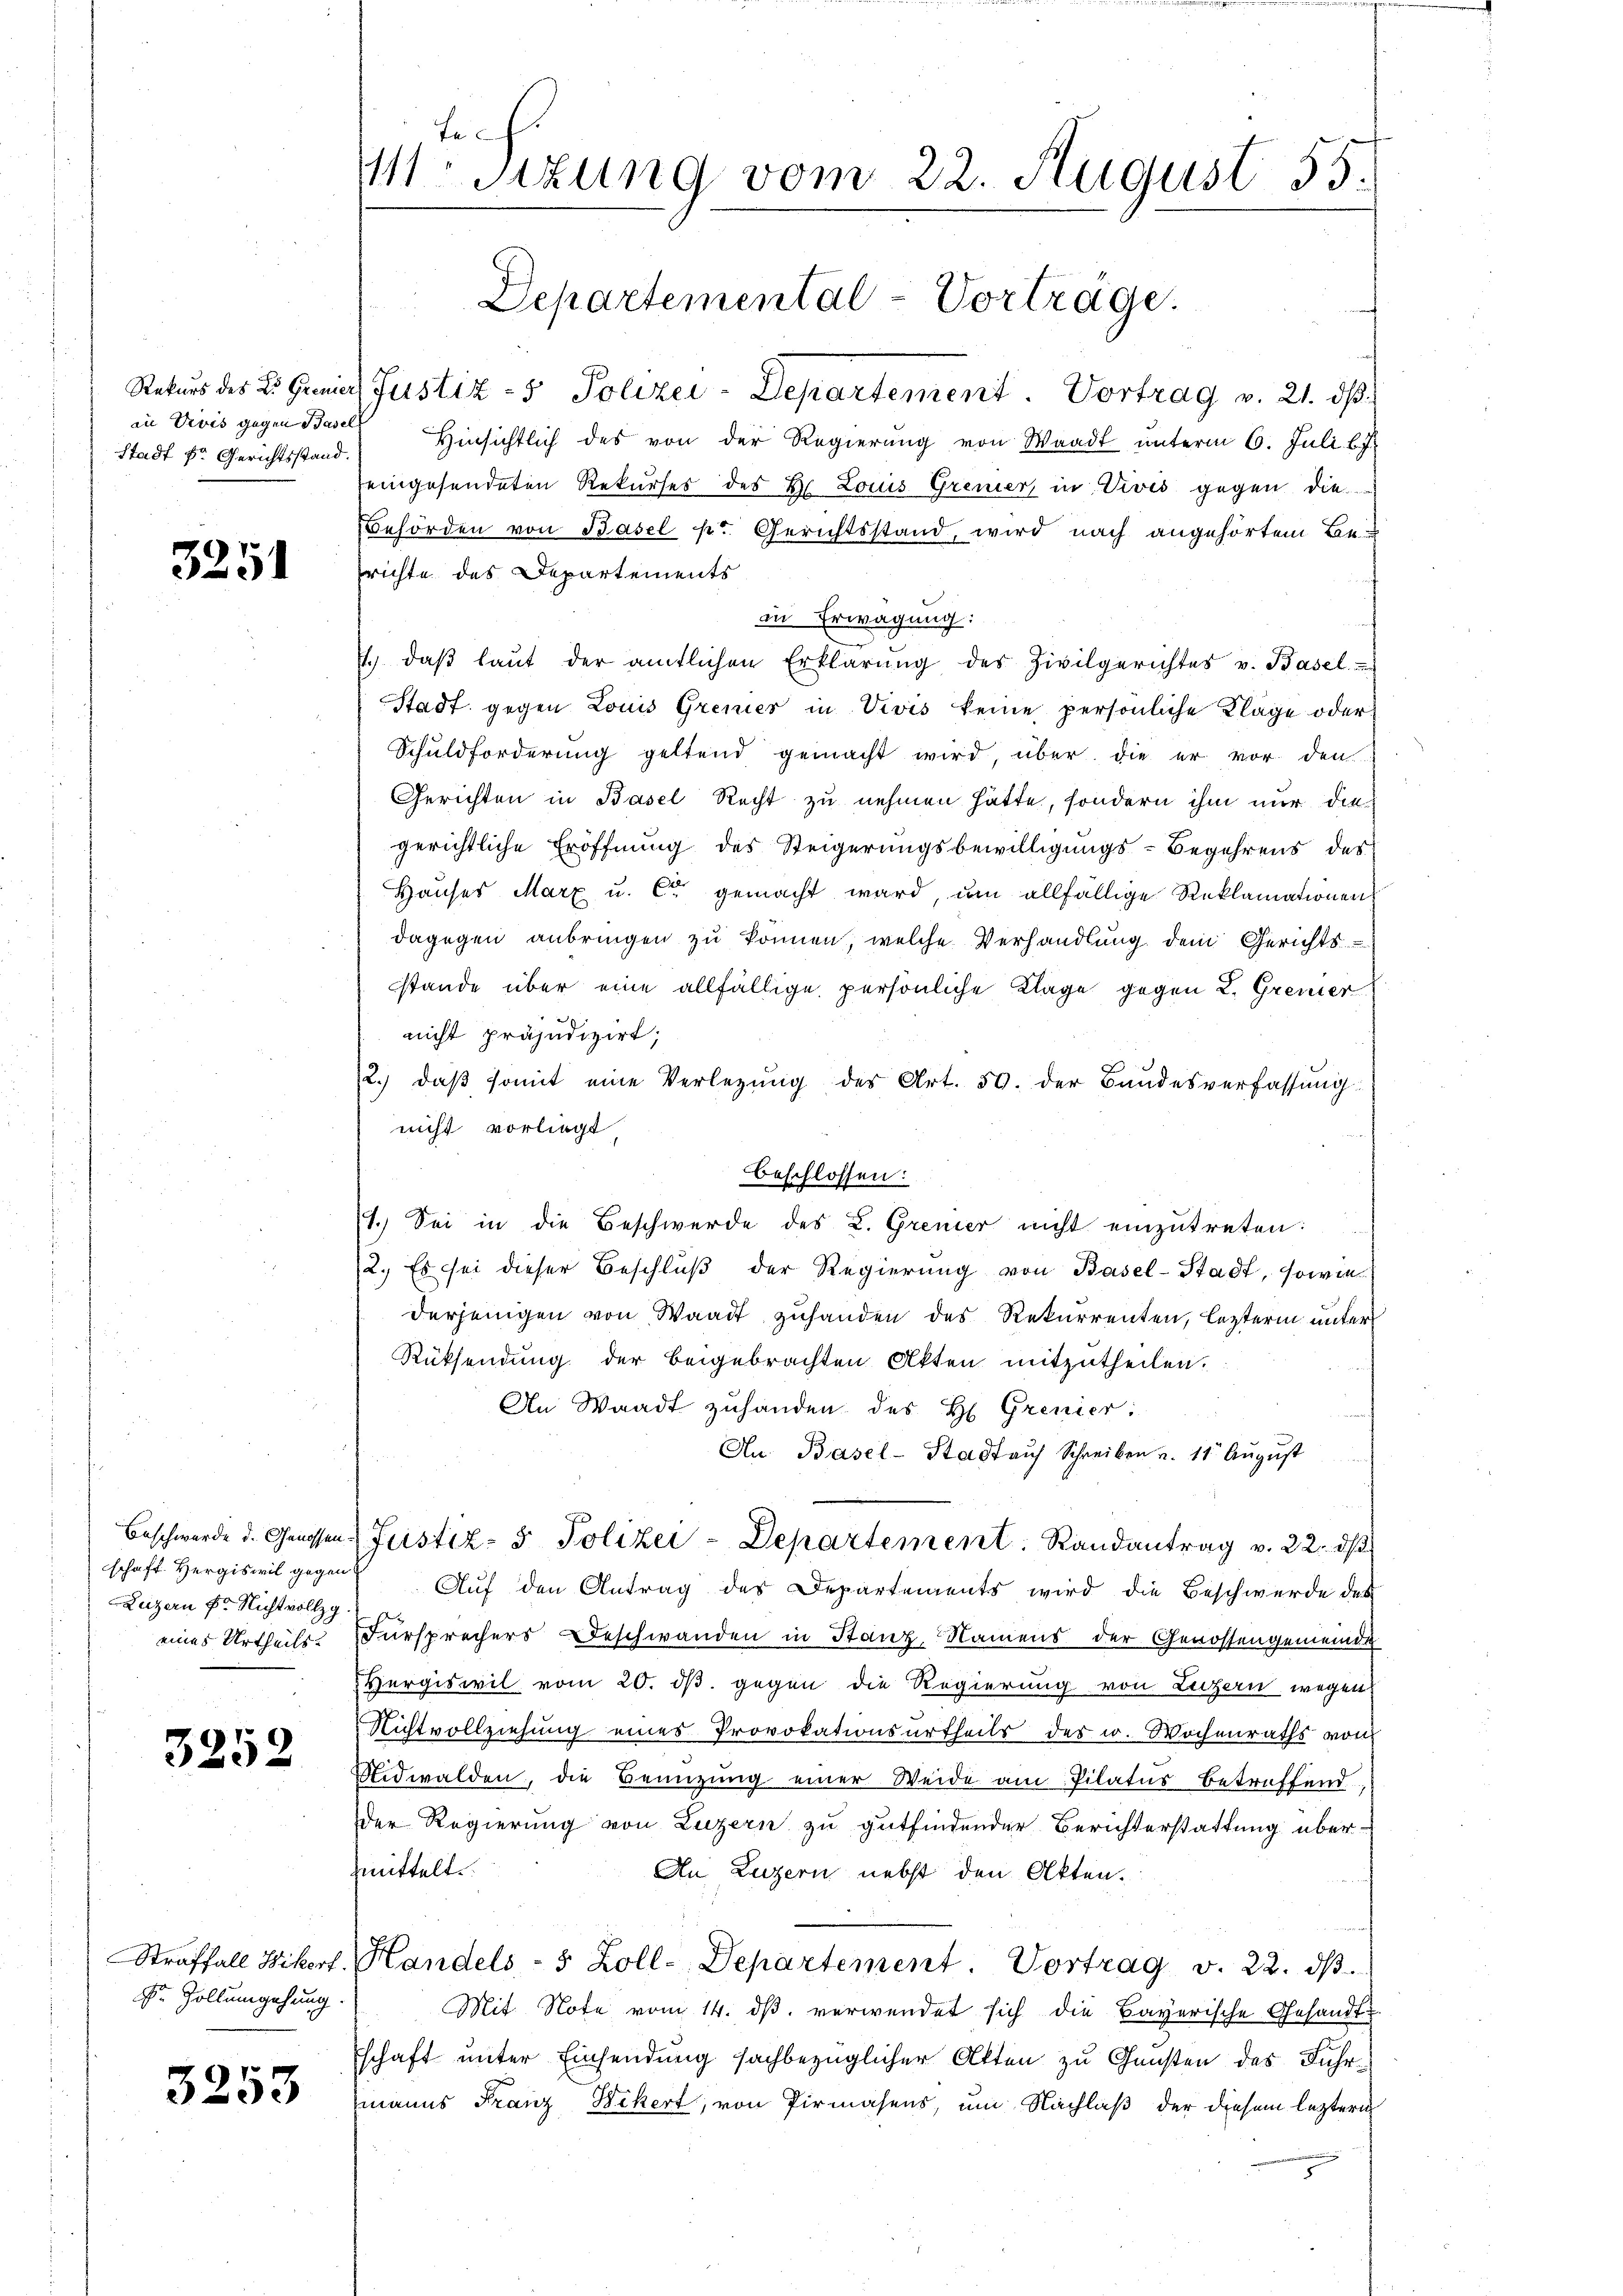
an Divis gegen Basell
Stadt Dr. Gerichtsstand.

3251

schaft Hergiswil gegen
Luzern Fr. Nichtvollzg.

3252

Dr. Zollumgehung.

3253

te.
MStzung vom 22. August 55.

Rekurs des L. Gremit Justiz- & Polizei-Departement. Vortrag v. 21. dβ.
Hinsichtlich des von der Regierung von Waadt unterm 6. Juli l.J.
eingesendeten Rekurses des Hr. Louis Grener, in Vivis gegen die
Behörden von Basel pr. Gerichtsstand, wird nach angehörtem Be-
richte des Departements
in Erwägung:
7.) daβ laŭt der amtlichen Erklärŭng des Zivilgerichtes v. Basel-
Stadt gegen Louis Grener in Vivis keine persönliche Kläge oder
Schuldforderung geltend gemacht wird über, die er vor den
Gerichten in Basel Recht zu nehmen hätte, sondern ihm nur die
gerichtliche Eröffnung des Steigerungsbewilligungs-Begehrens des
Hauses Marx u. Cie gemacht ward, um allfällige Reklamationens
dagegen anbringen zu können, welche Verhandlung dem Gerichts
stände über eine allfällige persönliche Klage gegen L. Gremer
nicht präjudizirt;
12. daβ somit eine Verlegŭng des Art. 50. der Bandesverfassŭng
nicht vorliegt
beschlossen:
1.) Sei in die Beschwerde des L. Grener nicht einzutreten:
2. Es sei dieser Beschluß der Regierung von Basel-Stadt, sowie
derjenigen von Waadt zufanden des Rekurrenten, letzterm unter
Rüksendung der beigebrachten Akten mitzutheilen.
An Waadt zuhanden des H. Grenier:
An Basel-Stadt aŭf Schreiben u. 11. Aŭgŭst
Beschwerde d. Grassen Fristiz- & Polizei-Departement. Randantrag v. 22. ds
Auf den Antrag des Departements wird die Beschwerde des
eines Urtheils. Fürsprechers Beschwanden in Stanz, Namens der Genossengemeinde
Vergiswil vom 20. ds. gegen die Regierung von Luzern wegen
Nichtvollziehung eines Provokationsurtheils des w. Wochenraths von
Bidwalden, die Benutzung einer Weide am Pilatus betreffend
der Regierung von Luzern zu gutfindender Berichterstattung über-
mittelt.
An Luzern nebst den Akten.
Straffall Wikart. Handels- 8 Zoll-Departement. Vortrag v. 22. dβ.
Mit Note vom 14. dβ verwendet sich die Bayerische Gesandt-
schaft unter Einsendung sachbezüglicher Akten zu Gunsten des Fuhrmanns Franz Wikert, von Pirmasens, um Nachlaß der diesem leztern
.

Departemental-Vorträge.